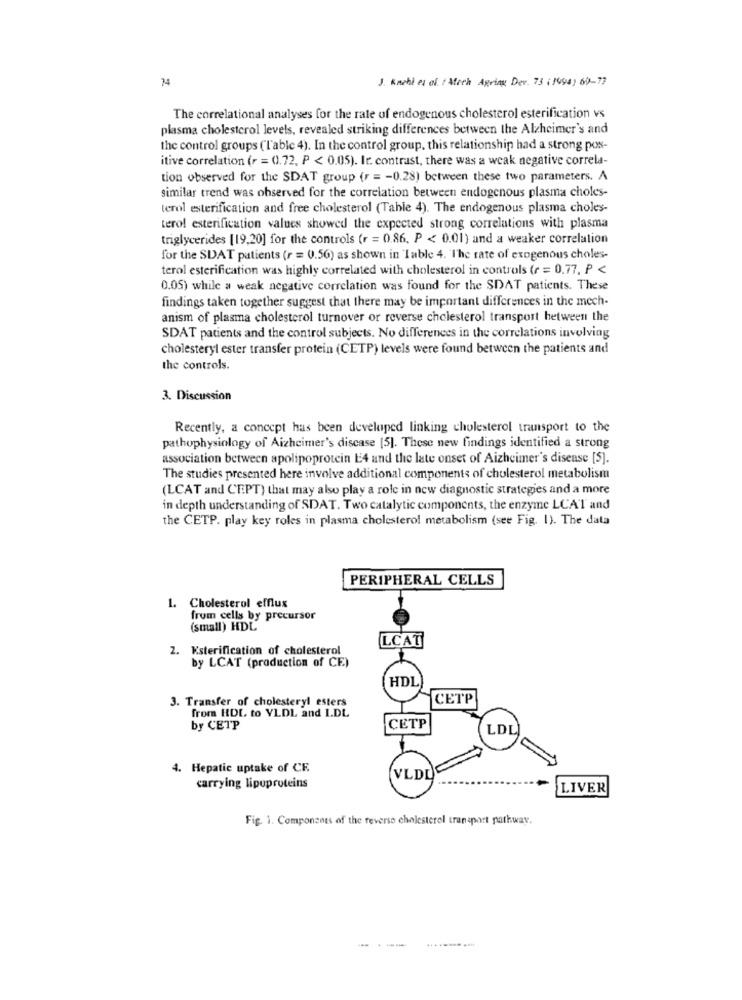
74
J. Knebi et al. / Moch Agring Dev. 73 ( 1994) 60-77
The correlational analyses for the rate of endogenous cholesterol esterification vs
plasma cholesterol levels, revealed striking differences between the Alzheimer's and
the control groups ("'able 4). In the control group, this relationship had a strong pos-
itive correlation (r = 0.72, P < 0.05). Ir. contrast, there was a weak negative correla-
tion observed for the SDAT group (r = - 0.28) between these two parameters. A
similar trend was observed for the correlation between endogenous plasma choles-
terol esterification and free cholesterol (Table 4). The endogenous plasma choles-
terol esterification values showed the expected strong correlations with plasma
triglycerides [19,20] for the controls (r = 0.86, P < 0.01) and a weaker correlation
for the SDAT patients (r = 0.56) as shown in Table 4. The rate of exogenous choles-
terol esterification was highly correlated with cholesterol in controls (r = 0.77, P <
0.05) while a weak negative correlation was found for the SDAT patients. These
findings taken together suggest that there may be important differences in the mech-
anism of plasma cholesterol turnover or reverse cholesterol transport between the
SDAT patients and the control subjects. No differences in the correlations involving
cholesteryl ester transfer protein (CETP) levels were found between the patients and
the controls.
3. Discussion
Recently, a concept has been developed linking cholesterol transport to the
pathophysiology of Alzheimer's disease [5]. These new findings identified a strong
association between apolipoprotein E4 and the late onset of Aizheimer's disease [S].
The studies presented here involve additional components of cholesterol metabolism
(LCAT and CEPT) that may also play a role in new diagnostic strategies and a more
in depth understanding of SDAT. Two catalytic components, the enzyme LCAT and
the CETP. play key roles in plasma cholesterol metabolism (see Fig. 1). The data
PERIPHERAL CELLS
1. Cholesterol efflux
from cells by precursor
(small) HDL
LCAT
2. Esterification of cholesterol
by LCAT (production of CE)
HDL
3. Transfer of cholesteryl esters
CETP
from HDL to VLDL and I.DL
by CETP
CETP
LDL
4. Hepatic uptake of CE
VLDD
carrying lipoproteins
LIVER
Fig. 1. Components of the reverse cholesterol transport pathway.
............